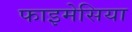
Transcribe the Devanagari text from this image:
फाइमेसिया